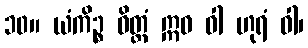
၁၀။ ယံကိဉ္စ ဝိတ္တံ ဣဓ ဝါ ဟုရံ ဝါ၊